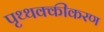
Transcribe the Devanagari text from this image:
पृथ्थक्कीकरण